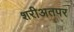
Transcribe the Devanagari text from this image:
शरीअतपर